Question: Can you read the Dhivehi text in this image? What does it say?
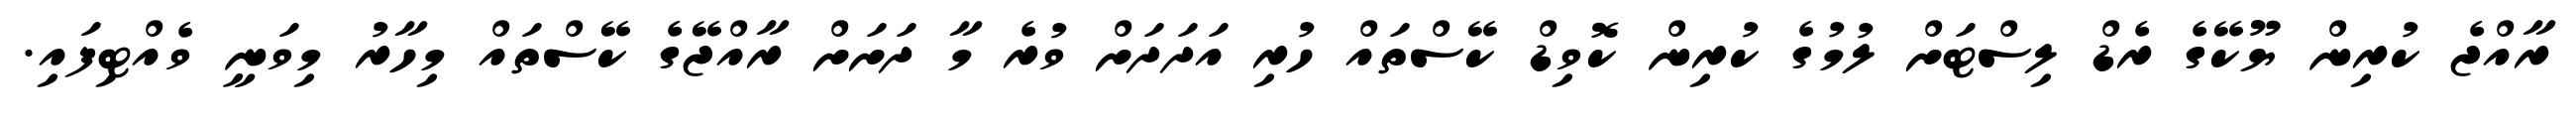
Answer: ރާއްޖެ ކުރިން ޔޫކޭގެ ރެޑް ލިސްޓަށް ލުމުގެ ކުރިން ކޮވިޑް ކޭސްތައް ހުރި އަދަދަށް ވުރެ މާ ދަށަށް ރާއްޖޭގެ ކޭސްތައް މިހާރު މިވަނީ ވެއްޓިފައި.